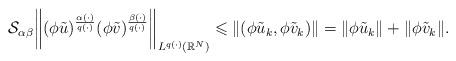
LaTeX: \begin{align*}\mathcal{S}_{\alpha\beta}\bigg\|(\phi \tilde{u})^{\frac{\alpha(\cdot)}{q(\cdot)}}(\phi \tilde{v})^{\frac{\beta(\cdot)}{q(\cdot)}}\bigg\|_{L^{q(\cdot)}(\mathbb{R}^{N})} \leqslant \|(\phi \tilde{u}_k,\phi \tilde{v}_k)\|= \|\phi \tilde{u}_k\|+ \|\phi \tilde{v}_k\|. \end{align*}